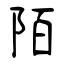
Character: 陌